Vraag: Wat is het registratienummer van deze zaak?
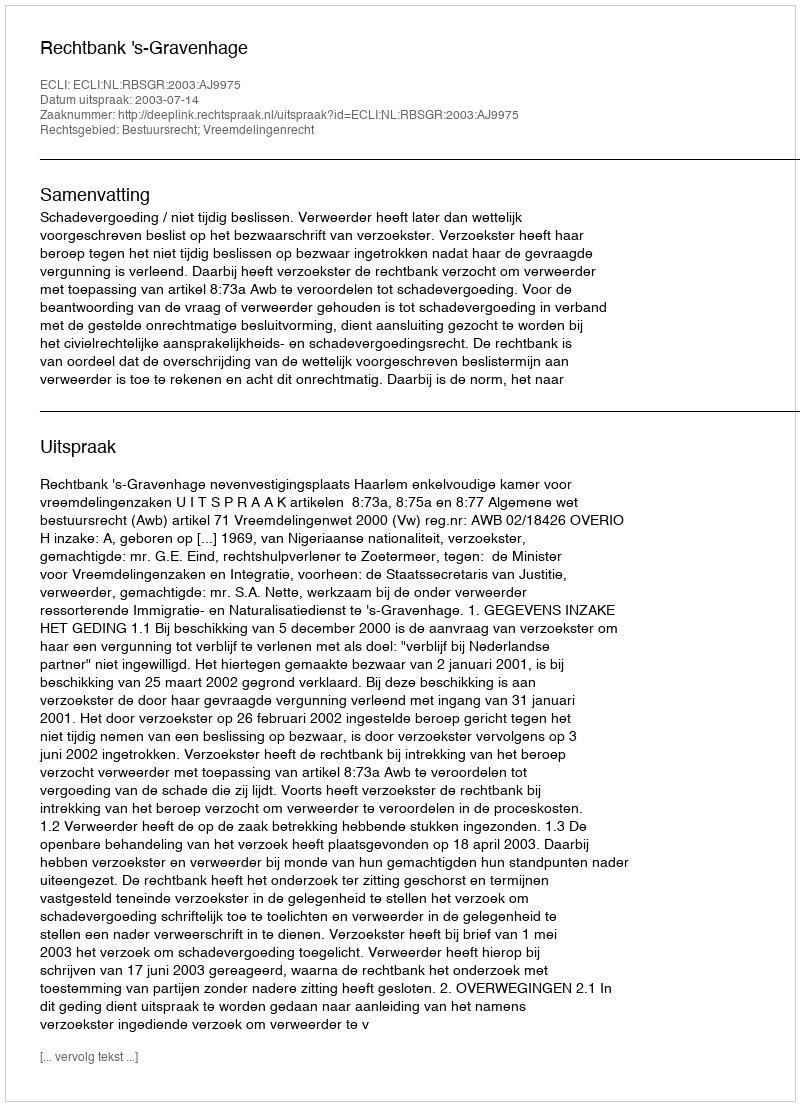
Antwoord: http://deeplink.rechtspraak.nl/uitspraak?id=ECLI:NL:RBSGR:2003:AJ9975